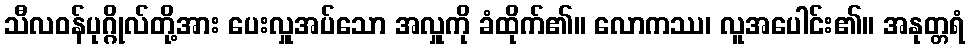
သီလဝန်ပုဂ္ဂိုလ်တို့အား ပေးလှူအပ်သော အလှူကို ခံထိုက်၏။ လောကဿ၊ လူအပေါင်း၏။ အနုတ္တရံ